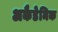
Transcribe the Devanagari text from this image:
अकैडेमिक